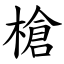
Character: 槍